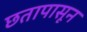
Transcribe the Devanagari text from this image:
छतापासून